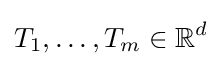
T_{1},\dots ,T_{m}\in \mathbb {R} ^{d}